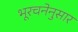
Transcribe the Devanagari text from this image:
भूरचनेनुसार